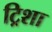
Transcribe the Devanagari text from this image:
ट्रिशा